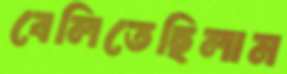
বেলিতেছিলাম